system: You are a helpful assistant.
user:
Analyze the provided spectrum to determine if it is a **"Cataclysmic Variables (CV)"**.

- **Key Indicators for CV (Check for either state):**
    - **State 1: Quiescent / Low-State (Emission-Dominated)**
        - **(Primary):** Strong and *very broad* Hydrogen Balmer emission lines (e.g., $H\alpha$ at 6563 Å, $H\beta$ at 4861 Å). The 'broadness' (high velocity dispersion, often FWHM > 1000 km/s) is the key diagnostic, indicating a high-velocity accretion disk.
        - **(Secondary):** Broad neutral Helium (He I) emission lines (e.g., 5876 Å, 6678 Å).
        - **(Key Confirmation):** Presence of high-excitation *ionized* Helium (He II) emission at 4686 Å. This is a strong indicator of accretion onto a white dwarf.
        - **(Line Profile):** Emission lines may exhibit a 'double-peaked' profile, which is a classic signature of a rotating accretion disk viewed at high inclination.

    - **State 2: Outburst / High-State (Absorption-Dominated)**
        - **(Primary):** Spectrum is dominated by a bright, blue continuum (looks like a hot star).
        - **(Secondary):** The emission lines from State 1 are weak, absent, or 'filled in', and are replaced by broad, shallow *absorption* lines (primarily Balmer and He I).
        - **(Morphology):** The overall spectrum mimics a hot B/A-type star. The crucial difference is that the absorption lines are significantly broader, shallower, and more 'washed-out' (or 'smeared') than the sharp lines of a normal stellar photosphere, due to high rotational speeds and pressure broadening in the disk.

Think first, call **spectral_visualization_tool** if needed to examine features in detail, then provide your final answer. Your response must adhere to the following strict rules:
1.  **Overall Structure:** Your response must follow the format `<think>...</think> <tool_call>...</tool_call> (if a tool is used) <answer>...</answer>`.
2.  **Tool Usage Constraint:** You may only make **one** tool call per turn.
3.  **Final Answer Format:** In the `<answer>` tag, your conclusion must be inside a `\boxed{}` command (e.g., `\boxed{YES}`), followed by your justification.

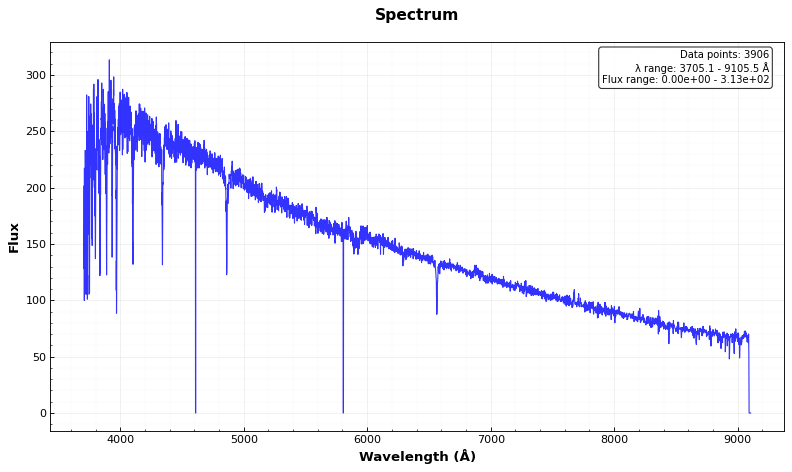
Answer: NO